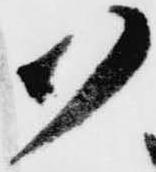
御